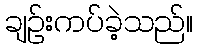
ချဉ်းကပ်ခဲ့သည်။